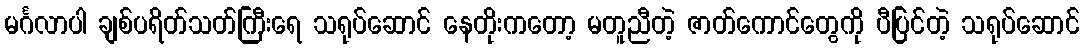
မင်္ဂလာပါ ချစ်ပရိတ်သတ်ကြီးရေ သရုပ်ဆောင် နေတိုးကတော့ မတူညီတဲ့ ဇာတ်ကောင်တွေကို ပီပြင်တဲ့ သရုပ်ဆောင်